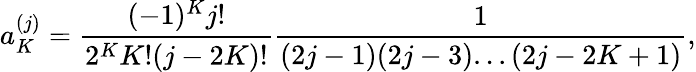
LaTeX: a_{K}^{(j)}=\frac{(-1)^{K}j!}{2^{K}K!(j-2K)!}\frac{1}{(2j-1)(2j-3)...(2j-2K+1)},